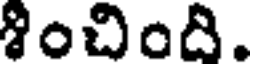
శించింది.